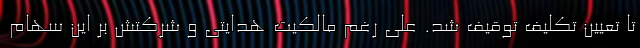
تا تعیین تکلیف توقیف شد. علی رغم مالکیت هدایتی و شرکتش بر این سهام